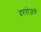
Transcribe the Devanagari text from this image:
दररोजचे